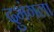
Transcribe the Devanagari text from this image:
दुभंगला